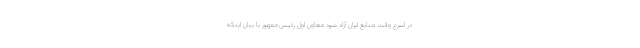
در اسرع وقت منابع ایران آزاد شود معاون اول رئیس‌جمهور با بیان اینکه